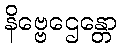
နိဗ္ဗေဌေန္တော